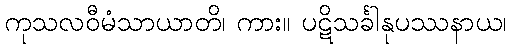
ကုသလဝီမံသာယာတိ၊ ကား။ ပဋိသင်္ခါနုပဿနာယ၊